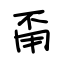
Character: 甭